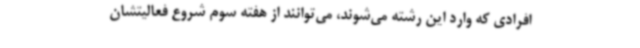
افرادی که وارد این رشته می‌شوند، می‌توانند از هفته سوم شروع فعالیتشان